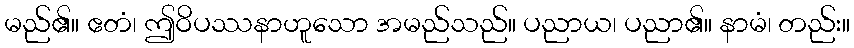
မည်၏။ ဧတံ၊ ဤဝိပဿနာဟူသော အမည်သည်။ ပညာယ၊ ပညာ၏။ နာမံ၊ တည်း။